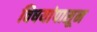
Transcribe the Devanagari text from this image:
विषयांपासून